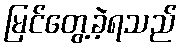
မြင်တွေ့ခဲ့ရသည်